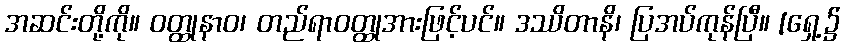
အဆင်းတို့ကို။ ဝတ္ထုနာဝ၊ တည်ရာဝတ္ထုအားဖြင့်ပင်။ ဒဿိတာနိ၊ ပြအပ်ကုန်ပြီ။ [ရှေ့၌